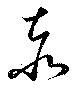
赤